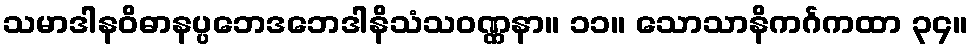
သမာဒါနဝိဓာနပ္ပဘေဒဘေဒါနိသံသဝဏ္ဏနာ။ ၁၁။ သောသာနိကင်္ဂကထာ ၃၄။